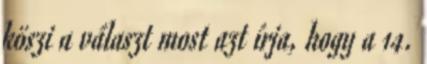
köszi a választ most azt írja, hogy a 14.